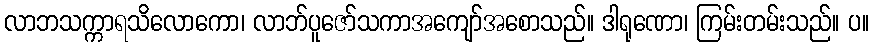
လာဘသက္ကာရသိလောကော၊ လာဘ်ပူဇော်သကာအကျော်အစောသည်။ ဒါရုဏော၊ ကြမ်းတမ်းသည်။ ပ။